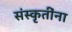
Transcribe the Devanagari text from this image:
संस्कृतींना